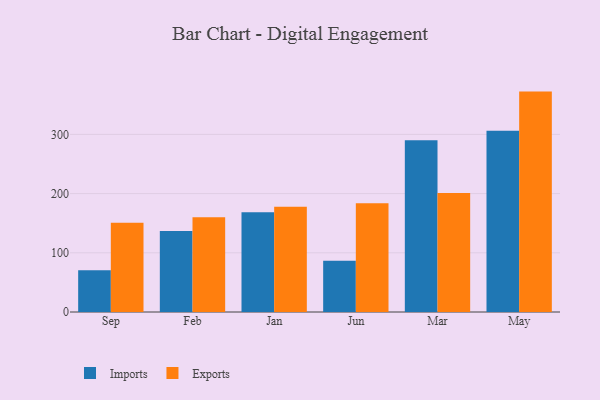
{"axis": {"x": "Month", "y": "Market Share (%)"}, "legend": ["Exports", "Imports"], "data": [{"x": "Sep", "y": 70.7, "type": "Imports"}, {"x": "Sep", "y": 150.7, "type": "Exports"}, {"x": "Feb", "y": 136.9, "type": "Imports"}, {"x": "Feb", "y": 160.1, "type": "Exports"}, {"x": "Jan", "y": 168.5, "type": "Imports"}, {"x": "Jan", "y": 177.6, "type": "Exports"}, {"x": "Jun", "y": 86.7, "type": "Imports"}, {"x": "Jun", "y": 183.5, "type": "Exports"}, {"x": "Mar", "y": 290.2, "type": "Imports"}, {"x": "Mar", "y": 201.0, "type": "Exports"}, {"x": "May", "y": 306.3, "type": "Imports"}, {"x": "May", "y": 372.3, "type": "Exports"}]}